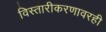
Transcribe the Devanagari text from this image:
विस्तारीकरणावरही